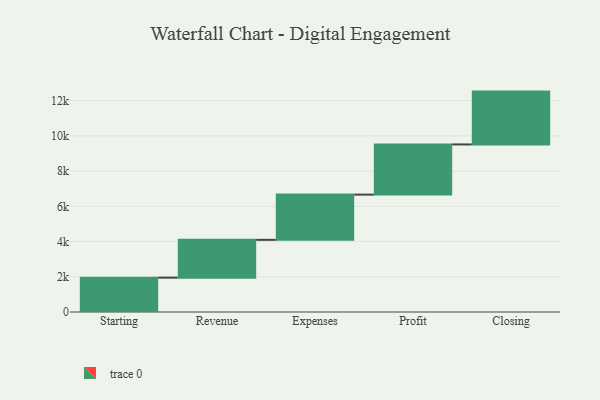
{"axis": {"x": "Step", "y": "Value"}, "legend": [""], "data": [{"x": "Starting", "y": 1952.0, "type": ""}, {"x": "Revenue", "y": 2146.0, "type": ""}, {"x": "Expenses", "y": 2568.0, "type": ""}, {"x": "Profit", "y": 2850.0, "type": ""}, {"x": "Closing", "y": 3000, "type": ""}]}